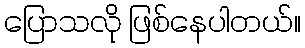
ပြောသလို ဖြစ်နေပါတယ်။